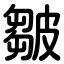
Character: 皺